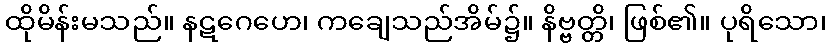
ထိုမိန်းမသည်။ နဋဂေဟေ၊ ကချေသည်အိမ်၌။ နိဗ္ဗတ္တိ၊ ဖြစ်၏။ ပုရိသော၊